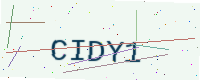
Text: CIDY1